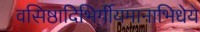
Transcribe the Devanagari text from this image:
वसिष्ठादिभिर्गीयमानाभिधेये